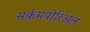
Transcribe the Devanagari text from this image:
सर्कमबोरिअल